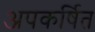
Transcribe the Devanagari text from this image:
अपकर्षित